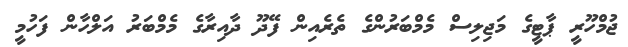
ޖުމްހޫރީ ޕާޓީގެ މަޖިލިސް މެމްބަރުންގެ ތެރެއިން ފޭދޫ ދާއިރާގެ މެމްބަރު އަލްހާން ފަހުމީ